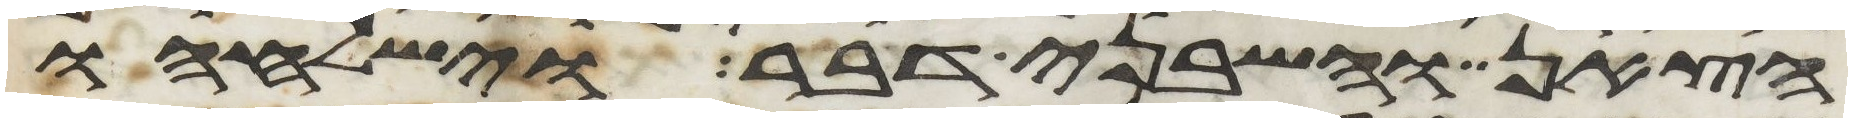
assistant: הצאן והשבני דבר וישלחהו